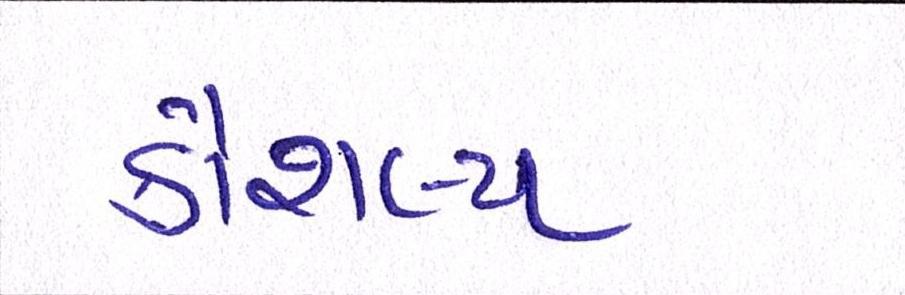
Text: કૌશલ્ય